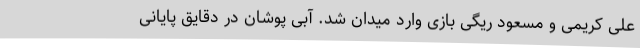
علی کریمی و مسعود ریگی بازی وارد میدان شد. آبی پوشان در دقایق پایانی